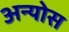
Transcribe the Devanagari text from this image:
अन्योस